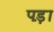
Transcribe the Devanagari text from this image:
पड़़ा